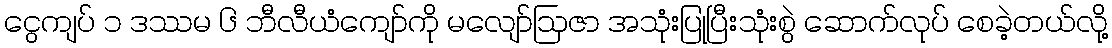
ငွေကျပ် ၁ ဒဿမ ၆ ဘီလီယံကျော်ကို မလျော်ဩဇာ အသုံးပြုပြီးသုံးစွဲ ဆောက်လုပ် စေခဲ့တယ်လို့